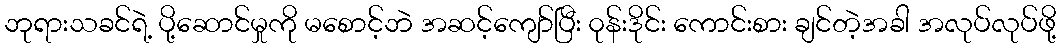
ဘုရားသခင်ရဲ့ ပို့ဆောင်မှုကို မစောင့်ဘဲ အဆင့်ကျော်ပြီး ၀ုန်းဒိုင်း ကောင်းစား ချင်တဲ့အခါ အလုပ်လုပ်ဖို့